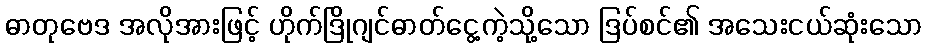
ဓာတုဗေဒ အလိုအားဖြင့် ဟိုက်ဒြိုဂျင်ဓာတ်ငွေ့ကဲ့သို့သော ဒြပ်စင်၏ အသေးငယ်ဆုံးသော